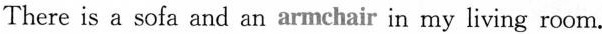
There is a sofa and an armchair in my living room.